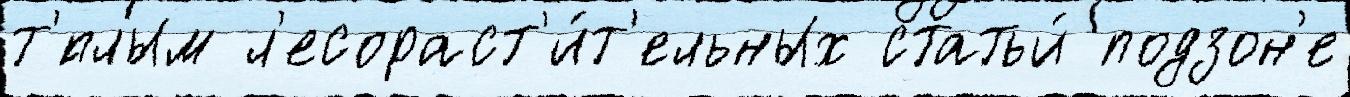
т'́плым л'есораст'и́т'ельных статьи́ подзон'е